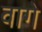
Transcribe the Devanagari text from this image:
वागे